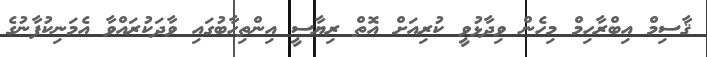
ޤާސިމް އިބްރާހިމް މިހެން ވިދާޅުވީ ކުރިއަށް އޮތް ރިޔާސީ އިންތިހާބުގައި ވާދަކުރައްވާ އެމަނިކުފާނުގެ